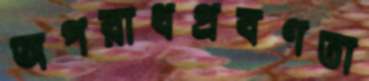
অপরাধপ্রবণতা